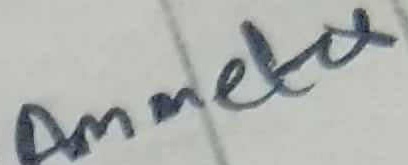
Text: Ammeter